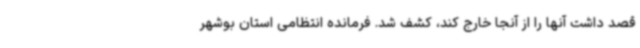
قصد داشت آنها را از آنجا خارج کند، کشف شد. فرمانده انتظامی استان بوشهر